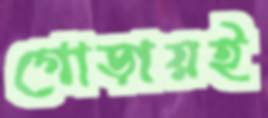
গোড়ায়ই